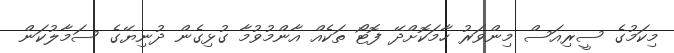
މިކަމުގެ ސީރިއަސް މިންވަރު ހާމަކޮށްދޭ ފޮޓޯ ތަކެއް އާންމުވުމާ ގުޅިގެން ދުނިޔޭގެ ސަމާލުކަން